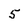
Character: 5